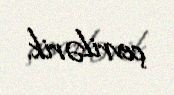
çevrilərik.